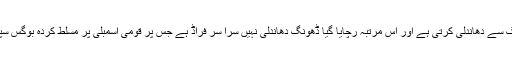
نواز لیگ ہر الیکشن میں نت نئے ڈھنگ سے دھاندلی کرتی ہے اور اس مرتبہ رچایا گیا ڈھونگ دھاندلی نہیں سرا سر فراڈ ہے جس پر قومی اسمبلی پر مسلط کردہ بوگس سپیکر کو دوبارہ گھر کی راہ لیناہو گی ۔